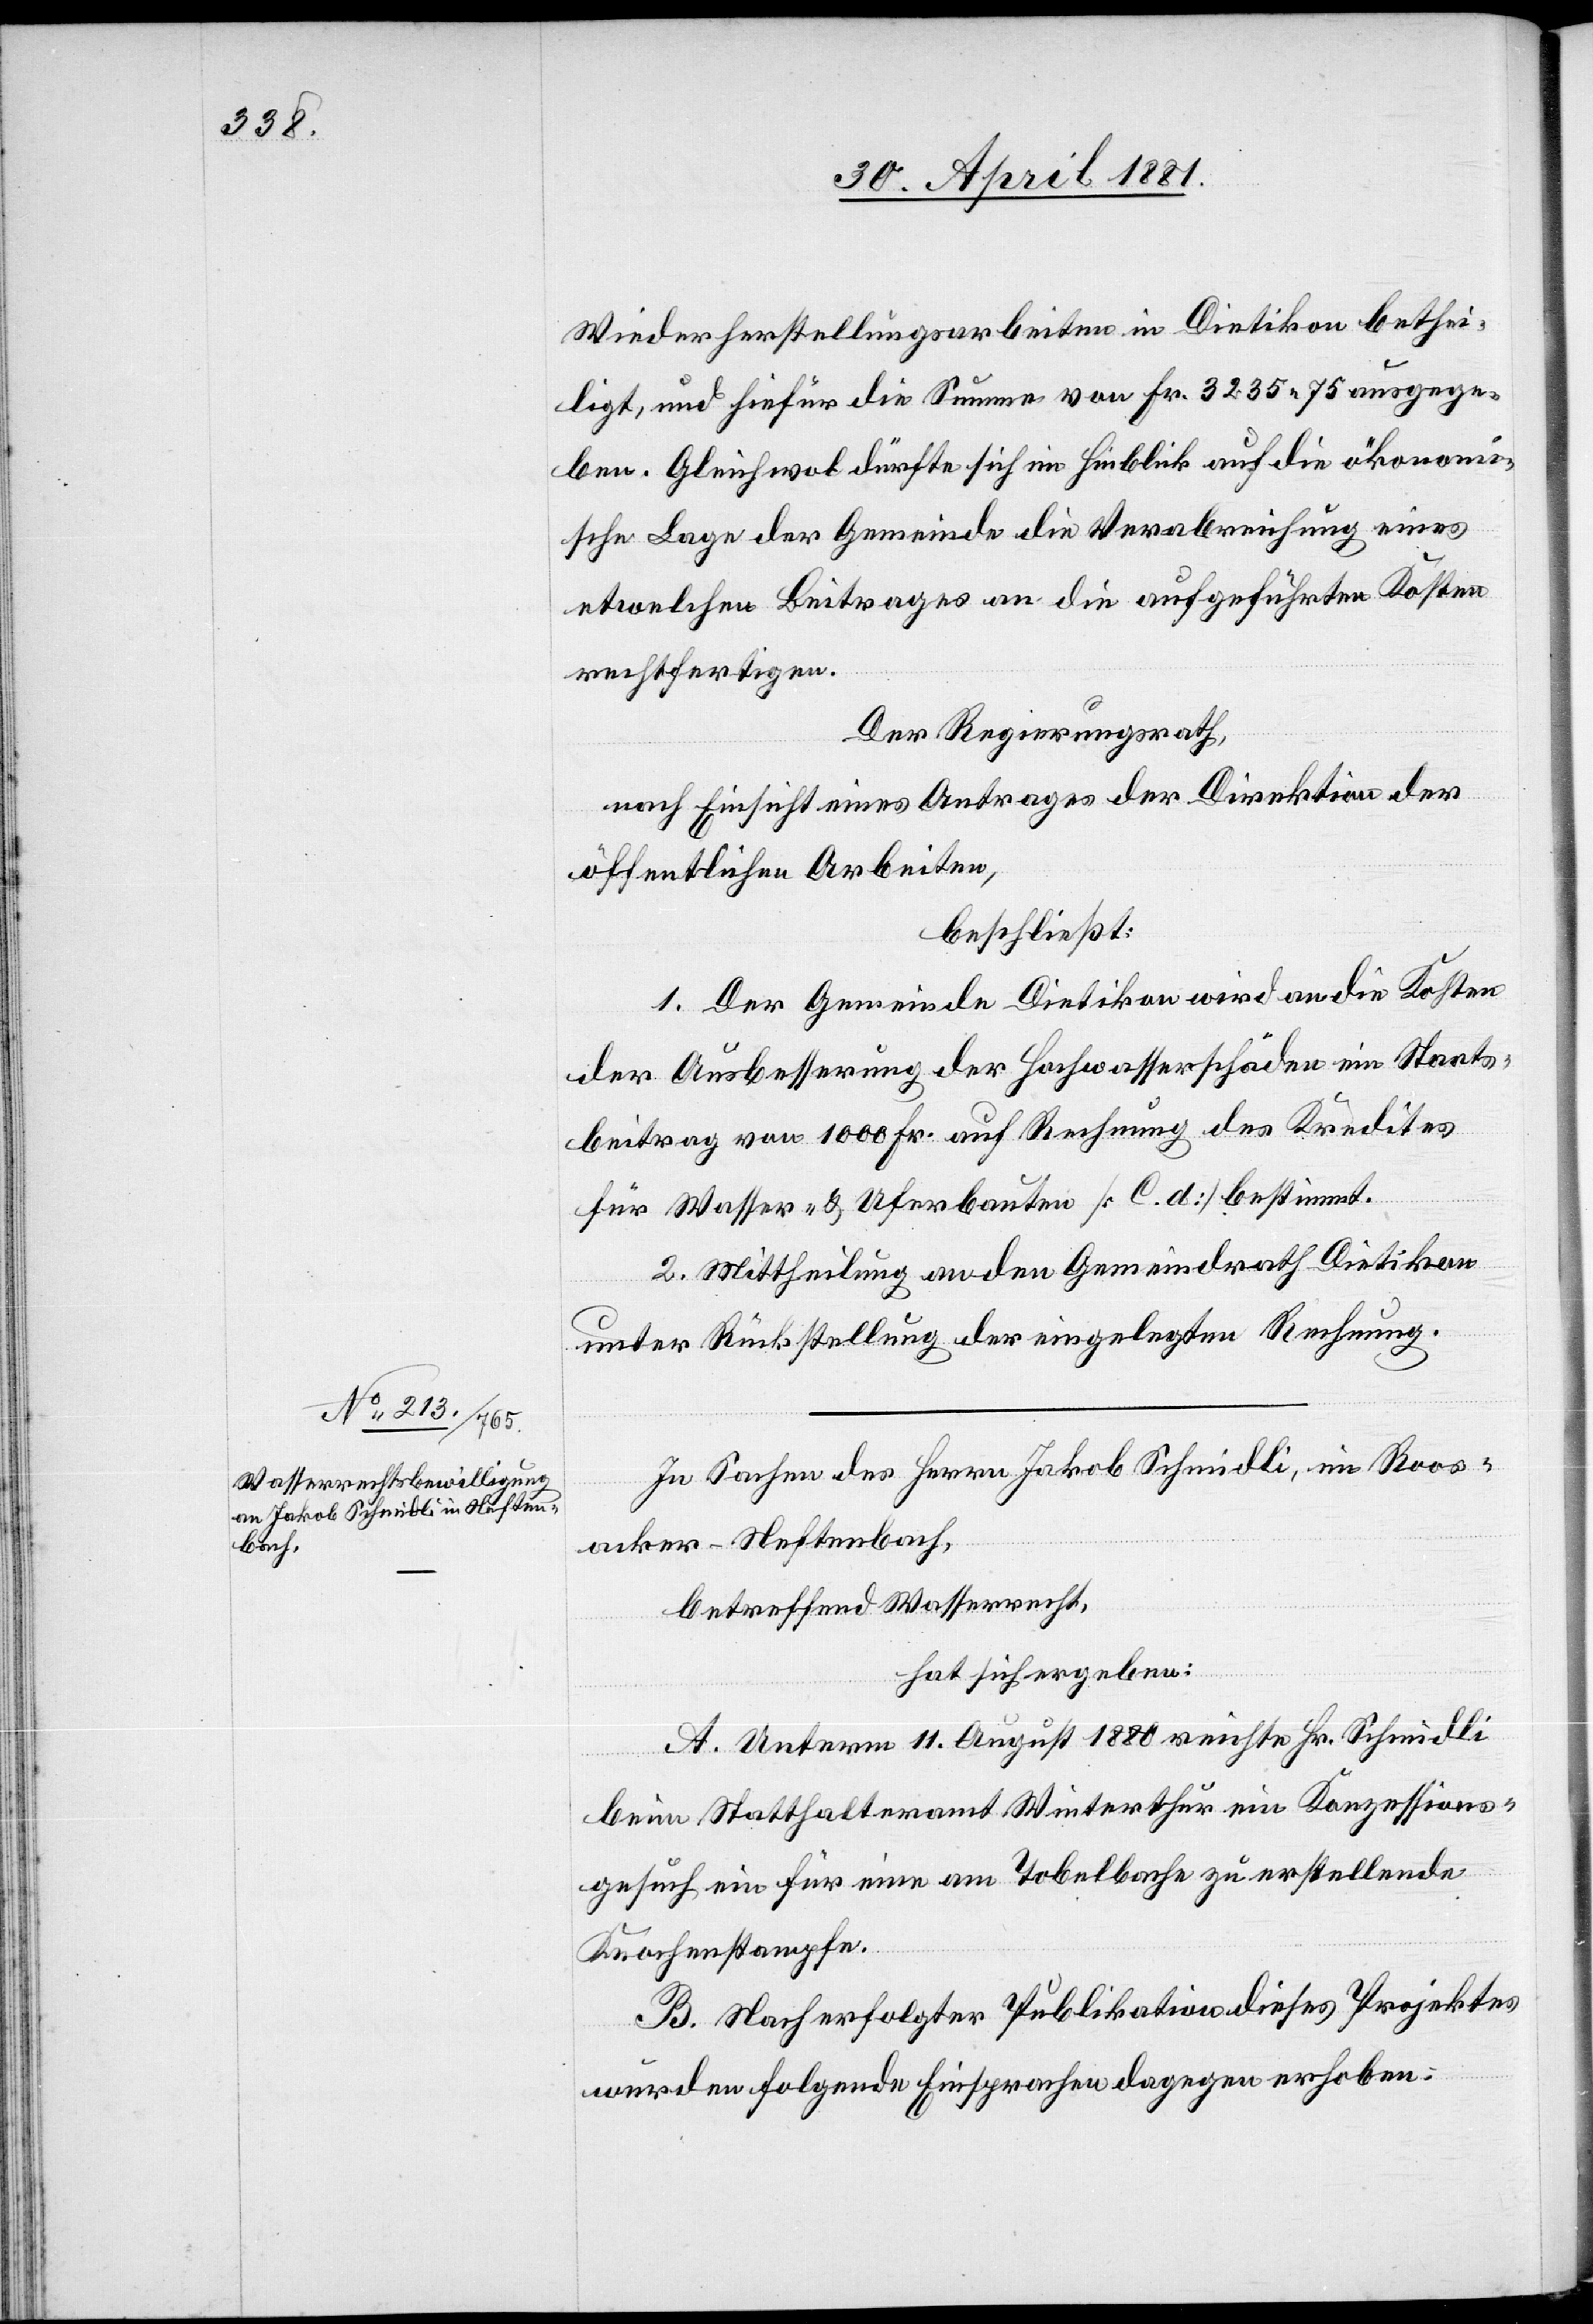
Wiederherstellungsarbeiten in Dietikon bethei¬
ligt, und hiefür die Summe von Fr. 3235 75 ausgege¬
ben. Gleichwol dürfte sich im Hinblick auf die ökonomi¬
sche Lage der Gemeinde die Verabreichung eines
etwelchen Beitrages an die aufgeführten Kosten
rechtfertigen.
Der Regierungsrath,
nach Einsicht eines Antrages der Direktion der
öffentlichen Arbeiten,
beschließt:
1. Der Gemeinde Dietikon wird an die Kosten
der Ausbesserung der Hochwasserschäden ein Staats¬
beitrag von 1000 Fr. auf Rechnung des Kredites
für Wasser- & Uferbauten [C. d.] bestimmt.
2. Mittheilung an den Gemeindrath Dietikon
unter Rückstellung der eingelegten Rechnung.
In Sachen des Herrn Jakob Schmidli, im Roos¬
acker - Neftenbach,
betreffend Wasserrecht,
hat sich ergeben:
A. Unterm 11. August 1880 reichte Hr. Schmidli
beim Statthalteramt Winterthur ein Konzessions¬
gesuch ein für eine am Tobelbache zu erstellende
Knochenstampfe.
B. Nach erfolgter Publikation dieses Projektes
wurden folgende Einsprachen dagegen erhoben: